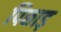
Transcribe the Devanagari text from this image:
पिछाड़